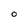
Character: O